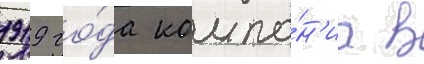
1919 го́да компа́н'иа в